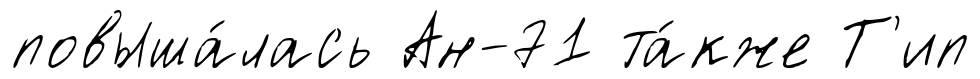
повыша́лась Ан-71 та́кже Т'ип